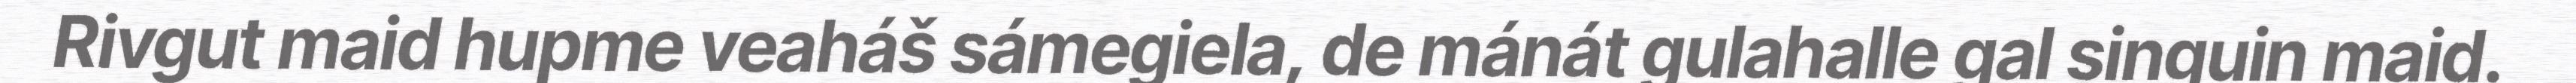
Rivgut maid hupme veaháš sámegiela, de mánát gulahalle gal singuin maid.